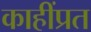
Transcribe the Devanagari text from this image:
काहींप्रत